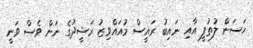
ހަސަން ލުތުފީ އާއި ނައިބު ރައީސް މުއައްވިޒު ރަޝީދުގެ ނަން ވެސް ވަނީ